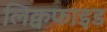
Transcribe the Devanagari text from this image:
लिक्वफाइड